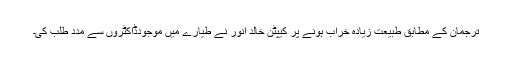
ترجمان کے مطابق طبیعت زیادہ خراب ہونے پر کیپٹن خالد انور نے طیارے میں موجودڈاکٹروں سے مدد طلب کی۔